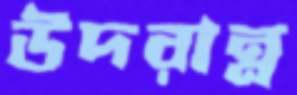
উদরান্ন